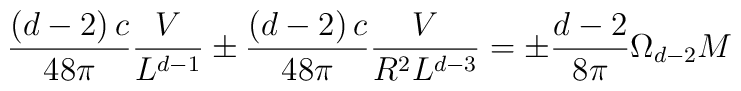
\frac{\left( d-2\right) c}{48\pi }\frac{V}{L^{d-1}}\pm \frac{\left(d-2\right) c}{48\pi }\frac{V}{R^{2}L^{d-3}}=\pm \frac{d-2}{8\pi }\Omega_{d-2}M